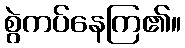
စွဲကပ်နေကြ၏။